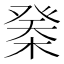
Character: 𣔽